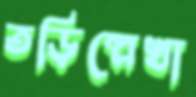
তড়িল্লেখা